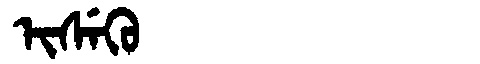
Manchu: ᡳᠰᡝᡴᡠ
Romanization: ISEKU